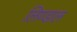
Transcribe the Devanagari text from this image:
लिण्डाल